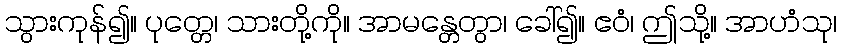
သွားကုန်၍။ ပုတ္တေ၊ သားတို့ကို။ အာမန္တေတွာ၊ ခေါ်၍။ ဧဝံ၊ ဤသို့။ အာဟံသု၊